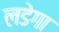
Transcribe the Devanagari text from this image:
लडेगा